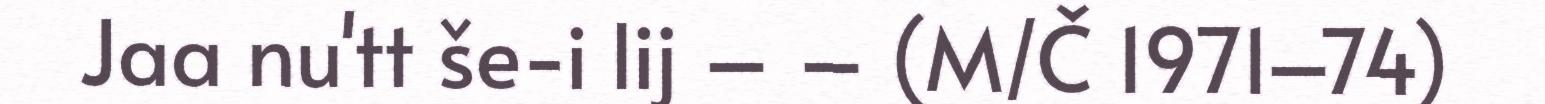
Jaa nu'tt še-i lij – – (M/Č 1971–74)